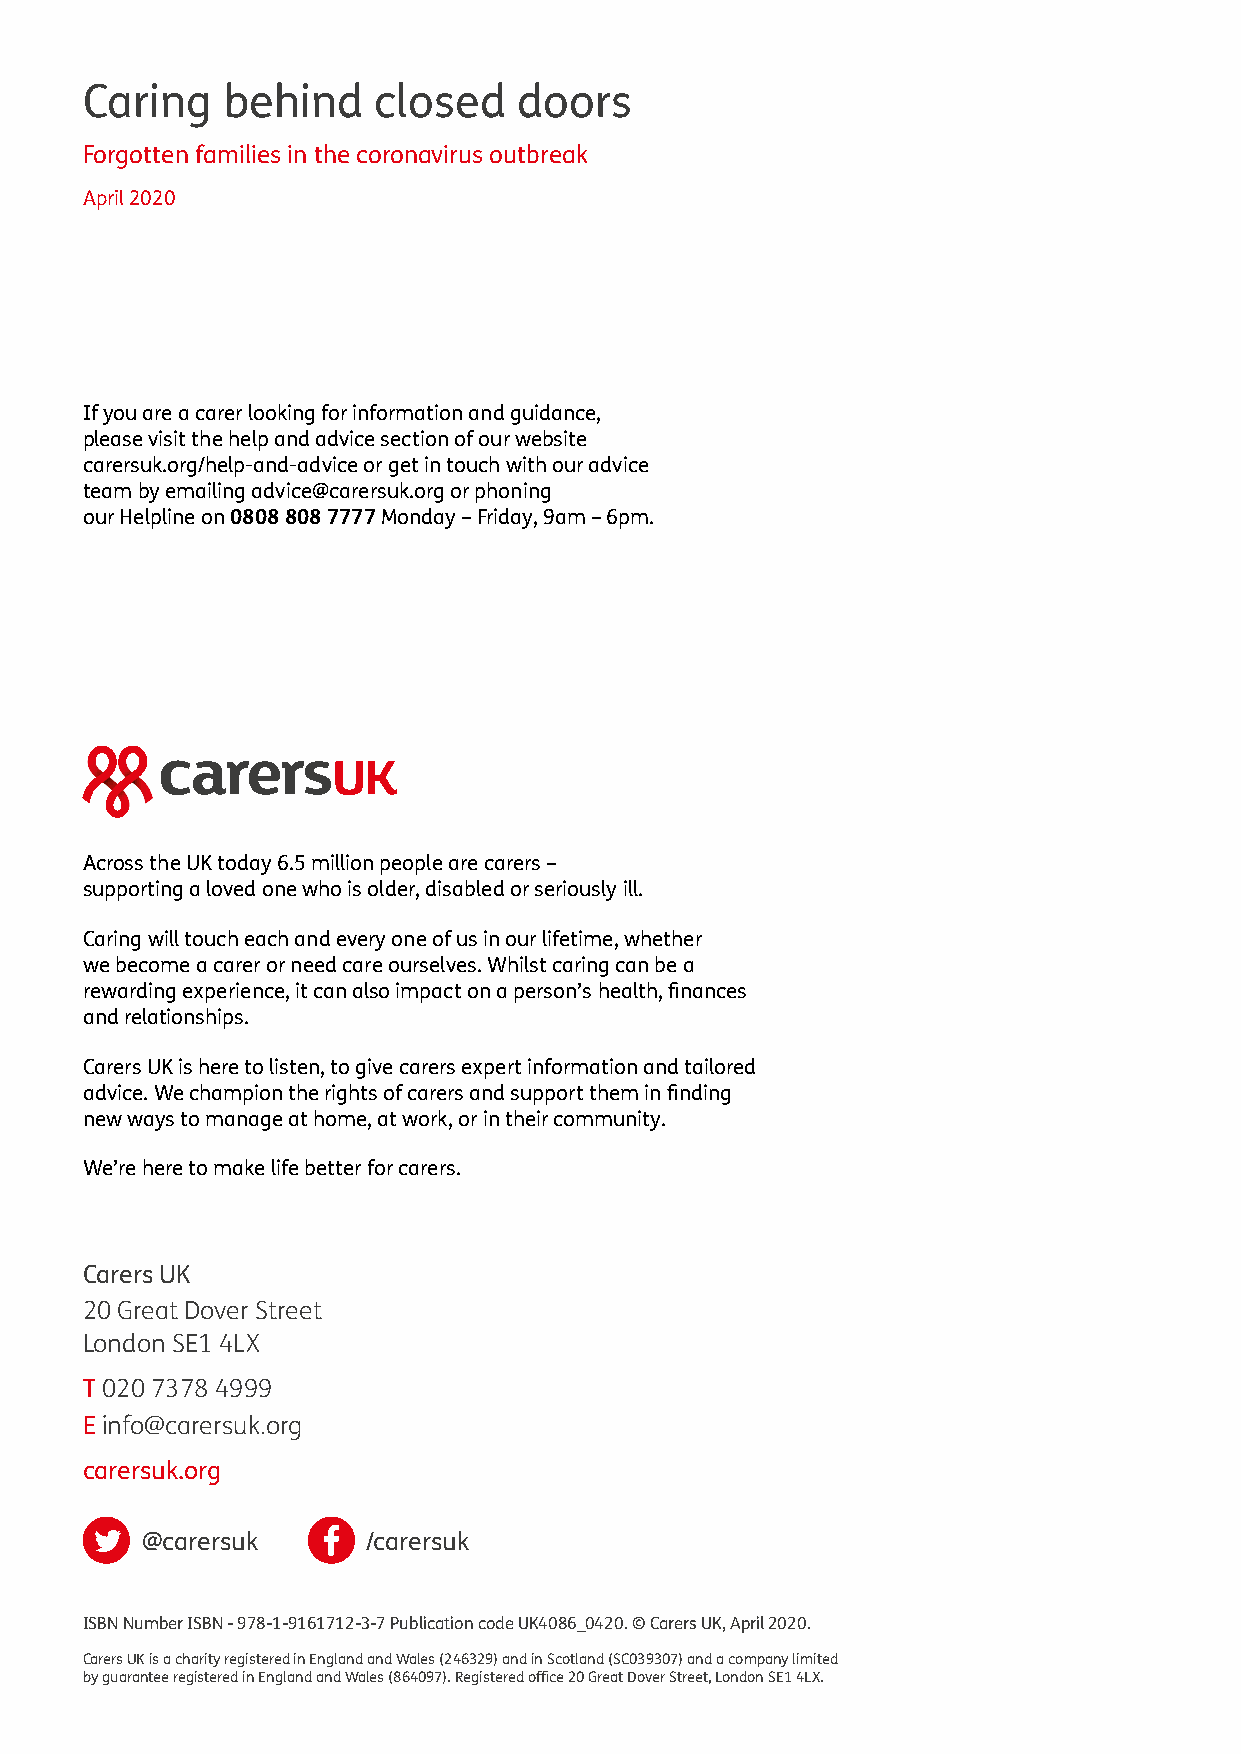
Caring    behind    closed   doors
 Forgotten families in the coronavirus outbreak
 April 2020
 If you are a carer looking for information and guidance,
 please visit the help and advice section of our website
 carersuk.org/help-and-advice or get in touch with our advice
 team by emailing advice@carersuk.org or phoning
 our Helpline on 0808 808 7777 Monday – Friday, 9am – 6pm.
 Across the UK today 6.5 million people are carers –
 supporting a loved one who is older, disabled or seriously ill.
 Caring will touch each and every one of us in our lifetime, whether
 we become a carer or need care ourselves. Whilst caring can be a
 rewarding experience, it can also impact on a person’s health, finances
 and relationships.
 Carers UK is here to listen, to give carers expert information and tailored
 advice. We champion the rights of carers and support them in finding
 new ways to manage at home, at work, or in their community.
 We’re here to make life better for carers.
 Carers UK
 20 Great Dover Street
 London SE1 4LX
 T 020 7378 4999
 E info@carersuk.org
 carersuk.org
 @carersuk      /carersuk
 ISBN Number ISBN - 978-1-9161712-3-7 Publication code UK4086_0420. © Carers UK, April 2020.
 Carers UK is a charity registered in England and Wales (246329) and in Scotland (SC039307) and a company limited
 by guarantee registered in England and Wales (864097). Registered office 20 Great Dover Street, London SE1 4LX.